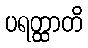
ပရတ္ထာတိ